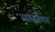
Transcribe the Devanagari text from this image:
आब्जर्वेशन